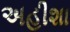
અહીશા